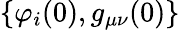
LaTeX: \{ \varphi_{i}(0),g_{\mu\nu}(0)\}